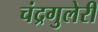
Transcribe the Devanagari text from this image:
चंद्रगुलेरी